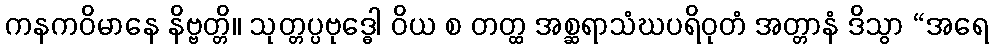
ကနကဝိမာနေ နိဗ္ဗတ္တိ။ သုတ္တပ္ပဗုဒ္ဓေါ ဝိယ စ တတ္ထ အစ္ဆရာသံဃပရိဝုတံ အတ္တာနံ ဒိသွာ “အရေ